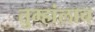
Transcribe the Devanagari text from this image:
तुम्हांलाच